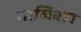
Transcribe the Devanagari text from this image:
शालिबंडा